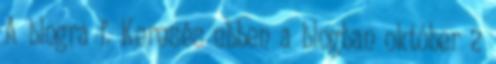
A blogra f. Keresés ebben a blogban október 2